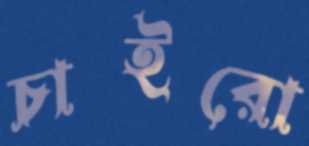
চাইরো